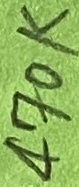
Text: 470K